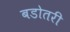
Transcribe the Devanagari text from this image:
बडोतरी